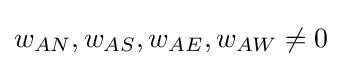
w_{AN},w_{AS},w_{AE},w_{AW}\neq 0